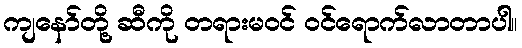
ကျနော်တို့ ဆီကို တရားမဝင် ဝင်ရောက်လာတာပါ။